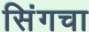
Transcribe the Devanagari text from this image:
सिंगचा